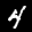
Label: 4